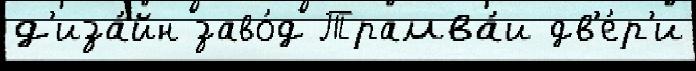
д'иза́йн заво́д Трамва́и дв'е́р'и